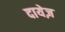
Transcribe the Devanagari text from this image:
दायेज़